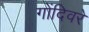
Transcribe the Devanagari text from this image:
गोंदिवरे